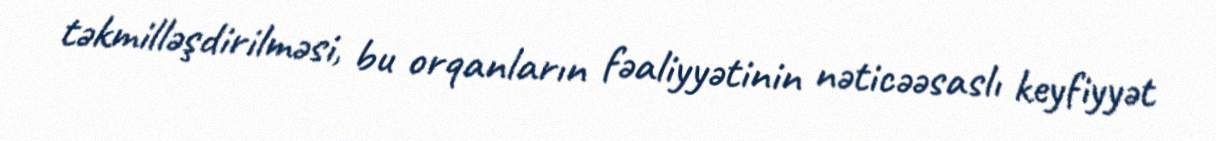
təkmilləşdirilməsi, bu orqanların fəaliyyətinin nəticəəsaslı keyfiyyət